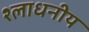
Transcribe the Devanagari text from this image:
श्लाधनीय